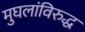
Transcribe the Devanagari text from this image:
मुघलांविरुद्ध